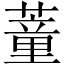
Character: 蕫